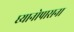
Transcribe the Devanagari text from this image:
घ्यानोपासना